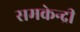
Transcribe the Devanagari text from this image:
समकेन्द्री